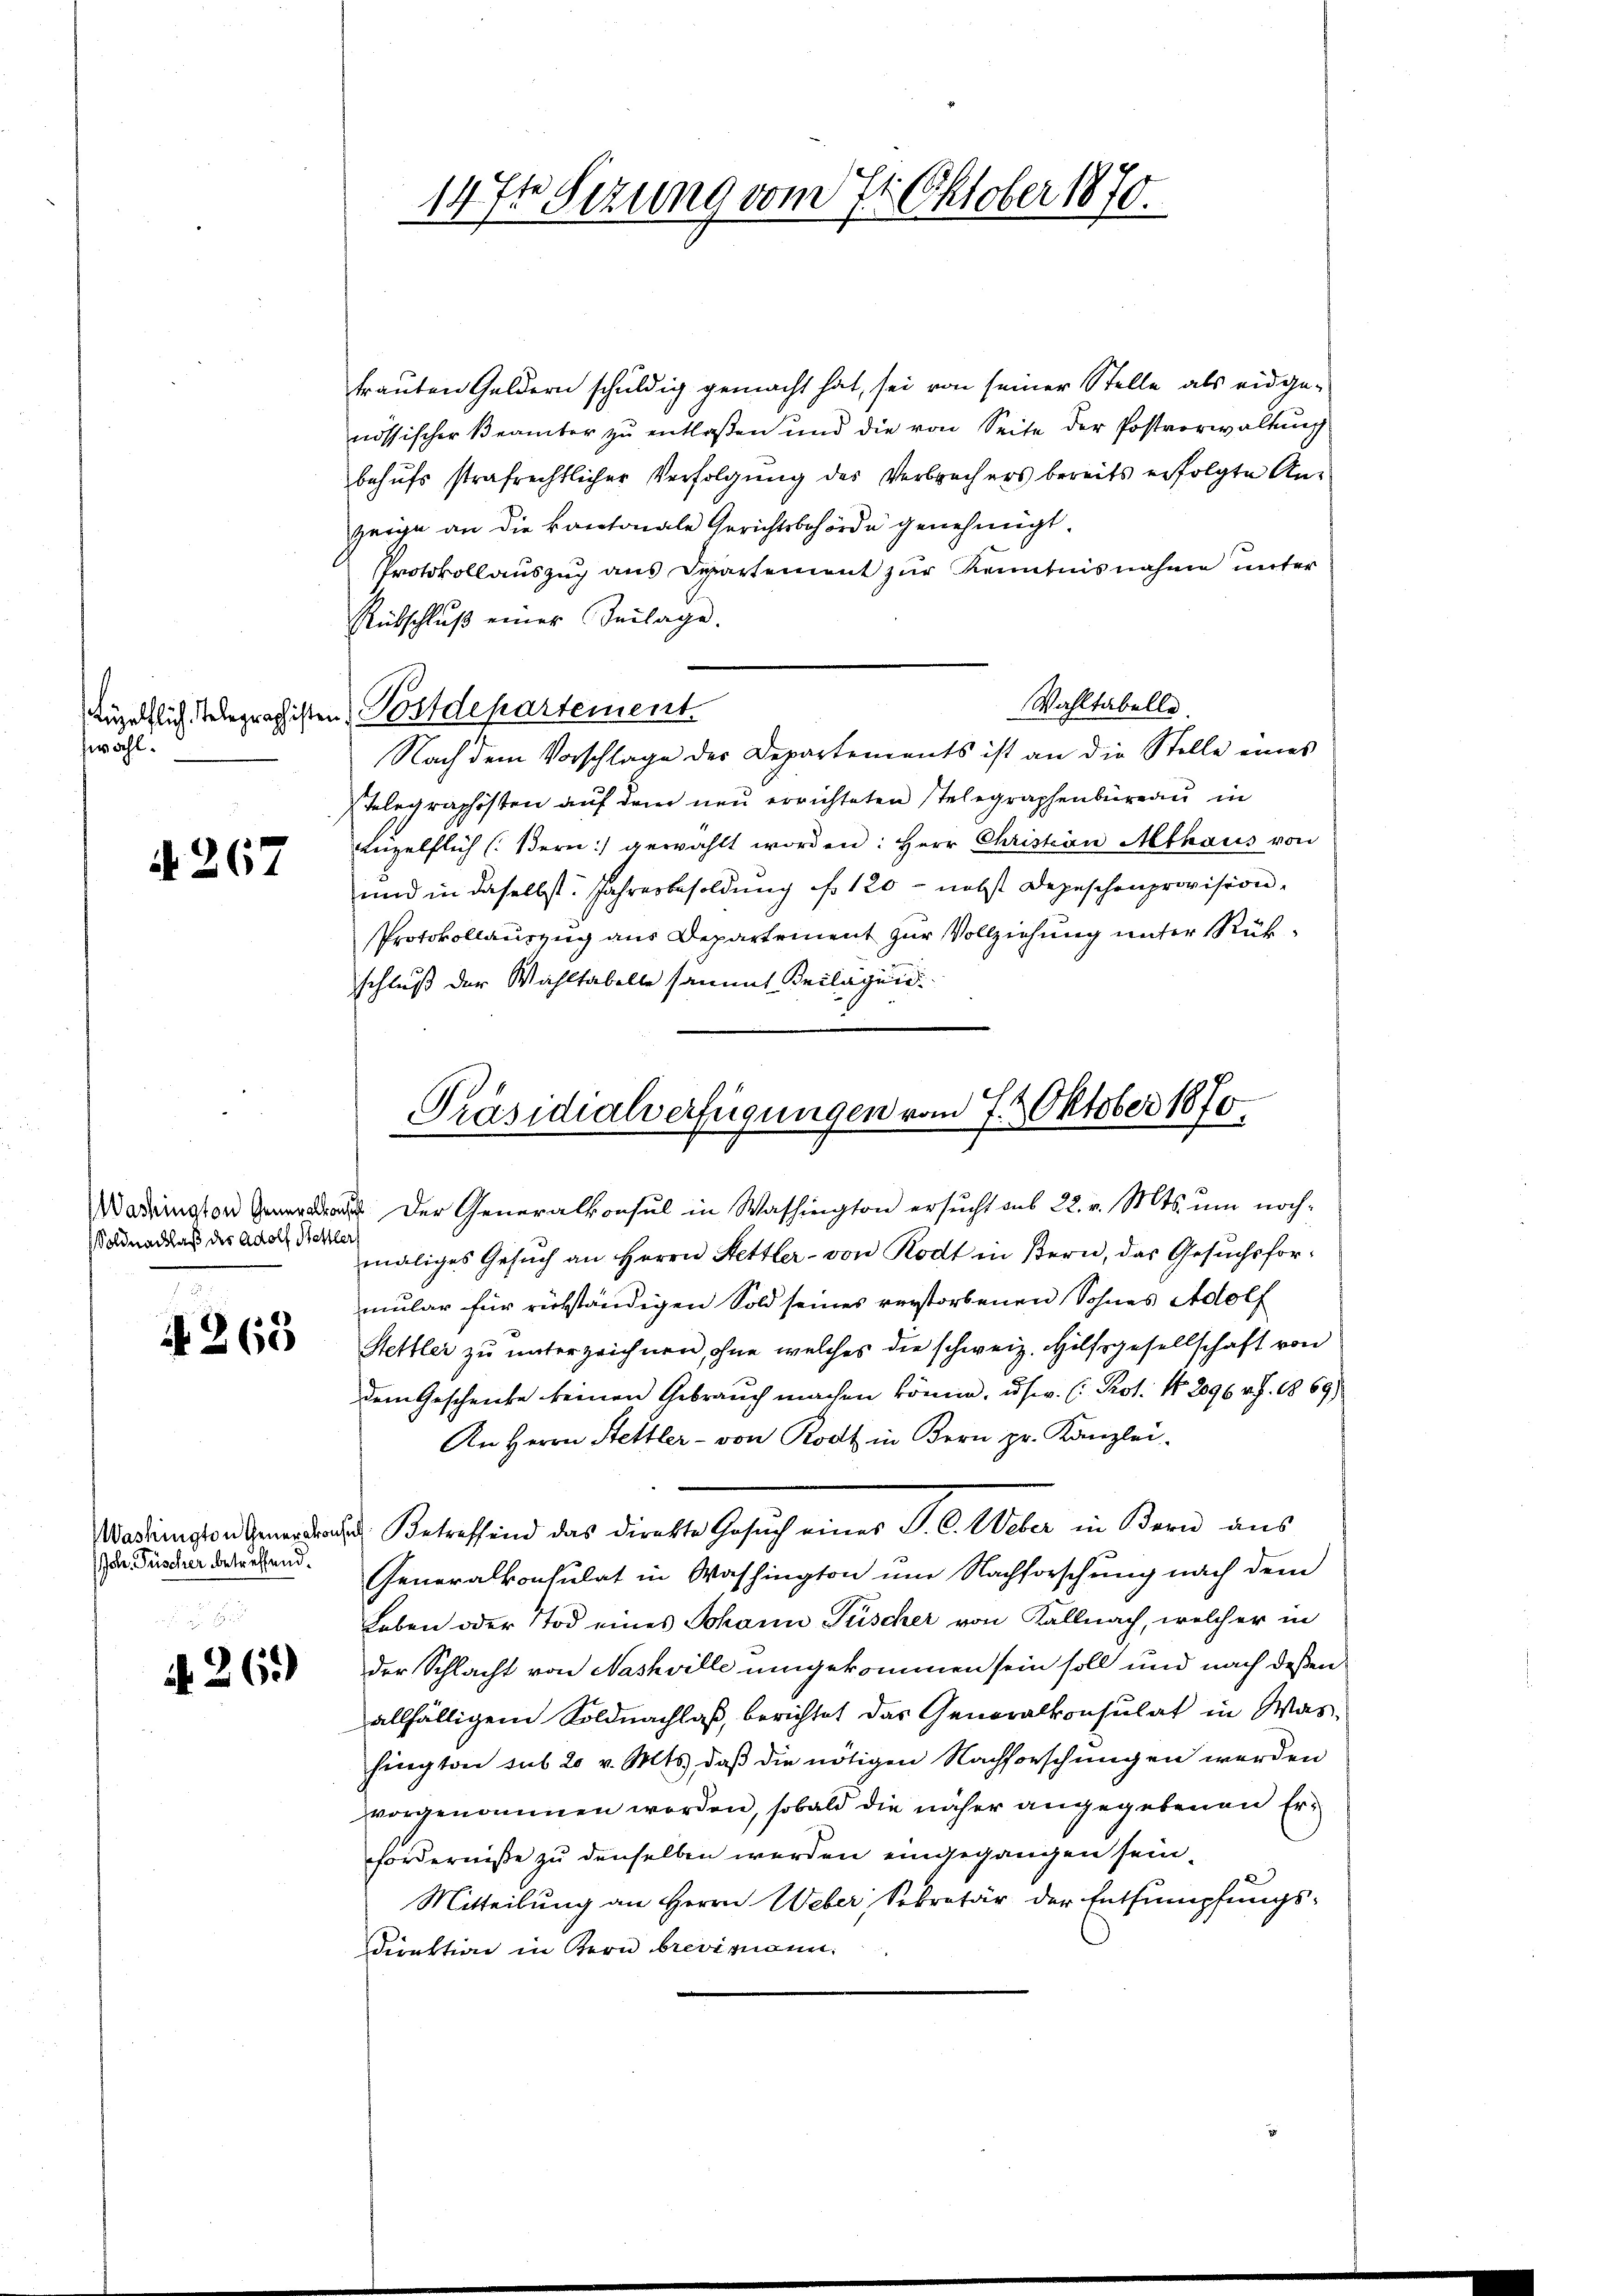
zwahl.

A 267

oldnachlaß des Adolf Hettlers

1263

Joh. Fischer betreffend.

. 261)

trauten Geldern schuldig gemacht hat, sei von seiner Stelle als eidgenössischer Beamter zu entlaßen und die von Seite der Postverwaltung
behufs strafrechtlicher Verfolgung des Verbrechers bereits erfolgte Anzeige an die kantonale Gerichtsbehörde genehmigt.
Protokollauszug aus Departement zur Kenntnisnahme unter
Rübschluß einer Beilage.
Wahltabelle.
Nach dem Vorschlage der Departements ist an die Stelle eines
Stelegraphisten auf dem neu errichteten Stelegraphenbüreau in
Lüzelflich (Bern) gewählt worden: Herr Christian Athaus von
und in daselbst. Jahresbesoldung No 120 - nebst Depeschenprovision.
Protokollauszug aus Departement zur Vollziehung unter Rükschluß der Wahltabelle sammt Beilagun
adrington der Generalkonsul in Washington ersŭcht aus 22. v. Mts. um noch-
maliges Gesuch an Herrn Hettler - von Rodt in Bern, das Gesuchsformular für rükständigen Sold seines verstorbenen Sohnes Adolf
Stettler zu unterzeichnen, ohne welches die schweiz. Hilfsgesellschaft von
dem Geschenke keinen Gebrauch machen könne, usw. (: Prot. No 296 v. J. 1869)
An Herrn Hettler - von Rodt in Bern pr. Kanzlei-
Wadenswankenantracht. Betreffend das Direkte Gesuch eines P. C. Weber in Bern aus
Generalkonsulat in Washington um Nachforschung nach dem
Leben oder Tod eines Johann Füscher von Kallnach, welcher in
der Schlacht von Nashville umgekommen sein soll und nach deßen
allfälligem Soldnachlaß, berichtet das Generalkonsulat in Washington sub 20 v. Mts. daß die nötigen Nachforschungen werden
vorgenommen worden, sobald die näher angegebenen Erforderniße zu denselben werden eingegangen sein.
Mitteilung an Herrn Weber, Sekretär der Entsumpfungs-
Direktion in Bern brevimann.

1474 Sizung vom 7. Oktober 1870.

tuzelflich telegraphisten Postdepartement

Präsidialverfügungen vom 7. t Oktober 1870